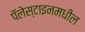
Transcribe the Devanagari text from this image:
पॅलेस्टाइनमधील